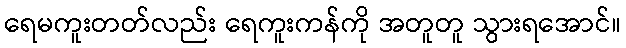
ရေမကူးတတ်လည်း ရေကူးကန်ကို အတူတူ သွားရအောင်။